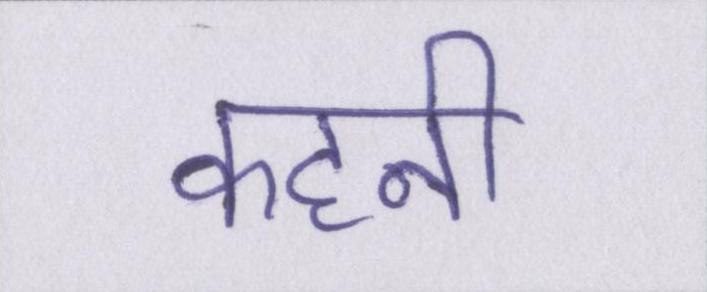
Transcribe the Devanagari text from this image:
कहनी